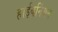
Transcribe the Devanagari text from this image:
हाईबर्नियन